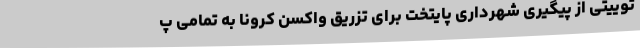
توییتی از پیگیری شهرداری پایتخت برای تزریق واکسن کرونا به تمامی پ